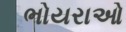
ભોયરાઓ